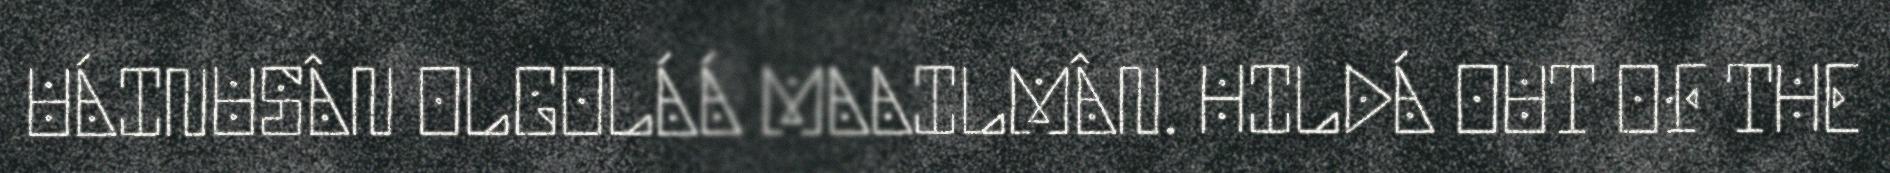
UÁINUSÂN OLGOLÁÁ MAAILMÂN. HILDÁ OUT OF THE